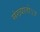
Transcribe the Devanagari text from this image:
संख्यातोऽत्र